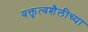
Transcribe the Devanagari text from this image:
वक्तृत्वशैलीच्या